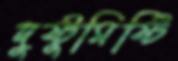
দুষ্টুমিষ্টি